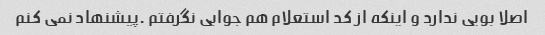
اصلا بویی ندارد و اینکه از کد استعلام هم جوابی نگرفتم .پیشنهاد نمی کنم